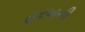
હરખની